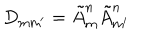
D _ { \mathrm { m m ^ { \prime } } } = \tilde { A } _ { \mathrm { m } } ^ { \mathrm { n } } \tilde { A } _ { \mathrm { m ^ { \prime } } } ^ { \mathrm { n } }